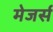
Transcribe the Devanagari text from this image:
मेजर्स